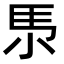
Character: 𡭳